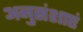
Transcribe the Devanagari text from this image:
अनुसंशाएं